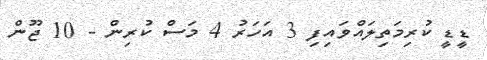
ޑީޑީ ކުރިމަތިލައްވައިފި 3 އަހަރު 4 މަސް ކުރިން - 10 ޖޫން